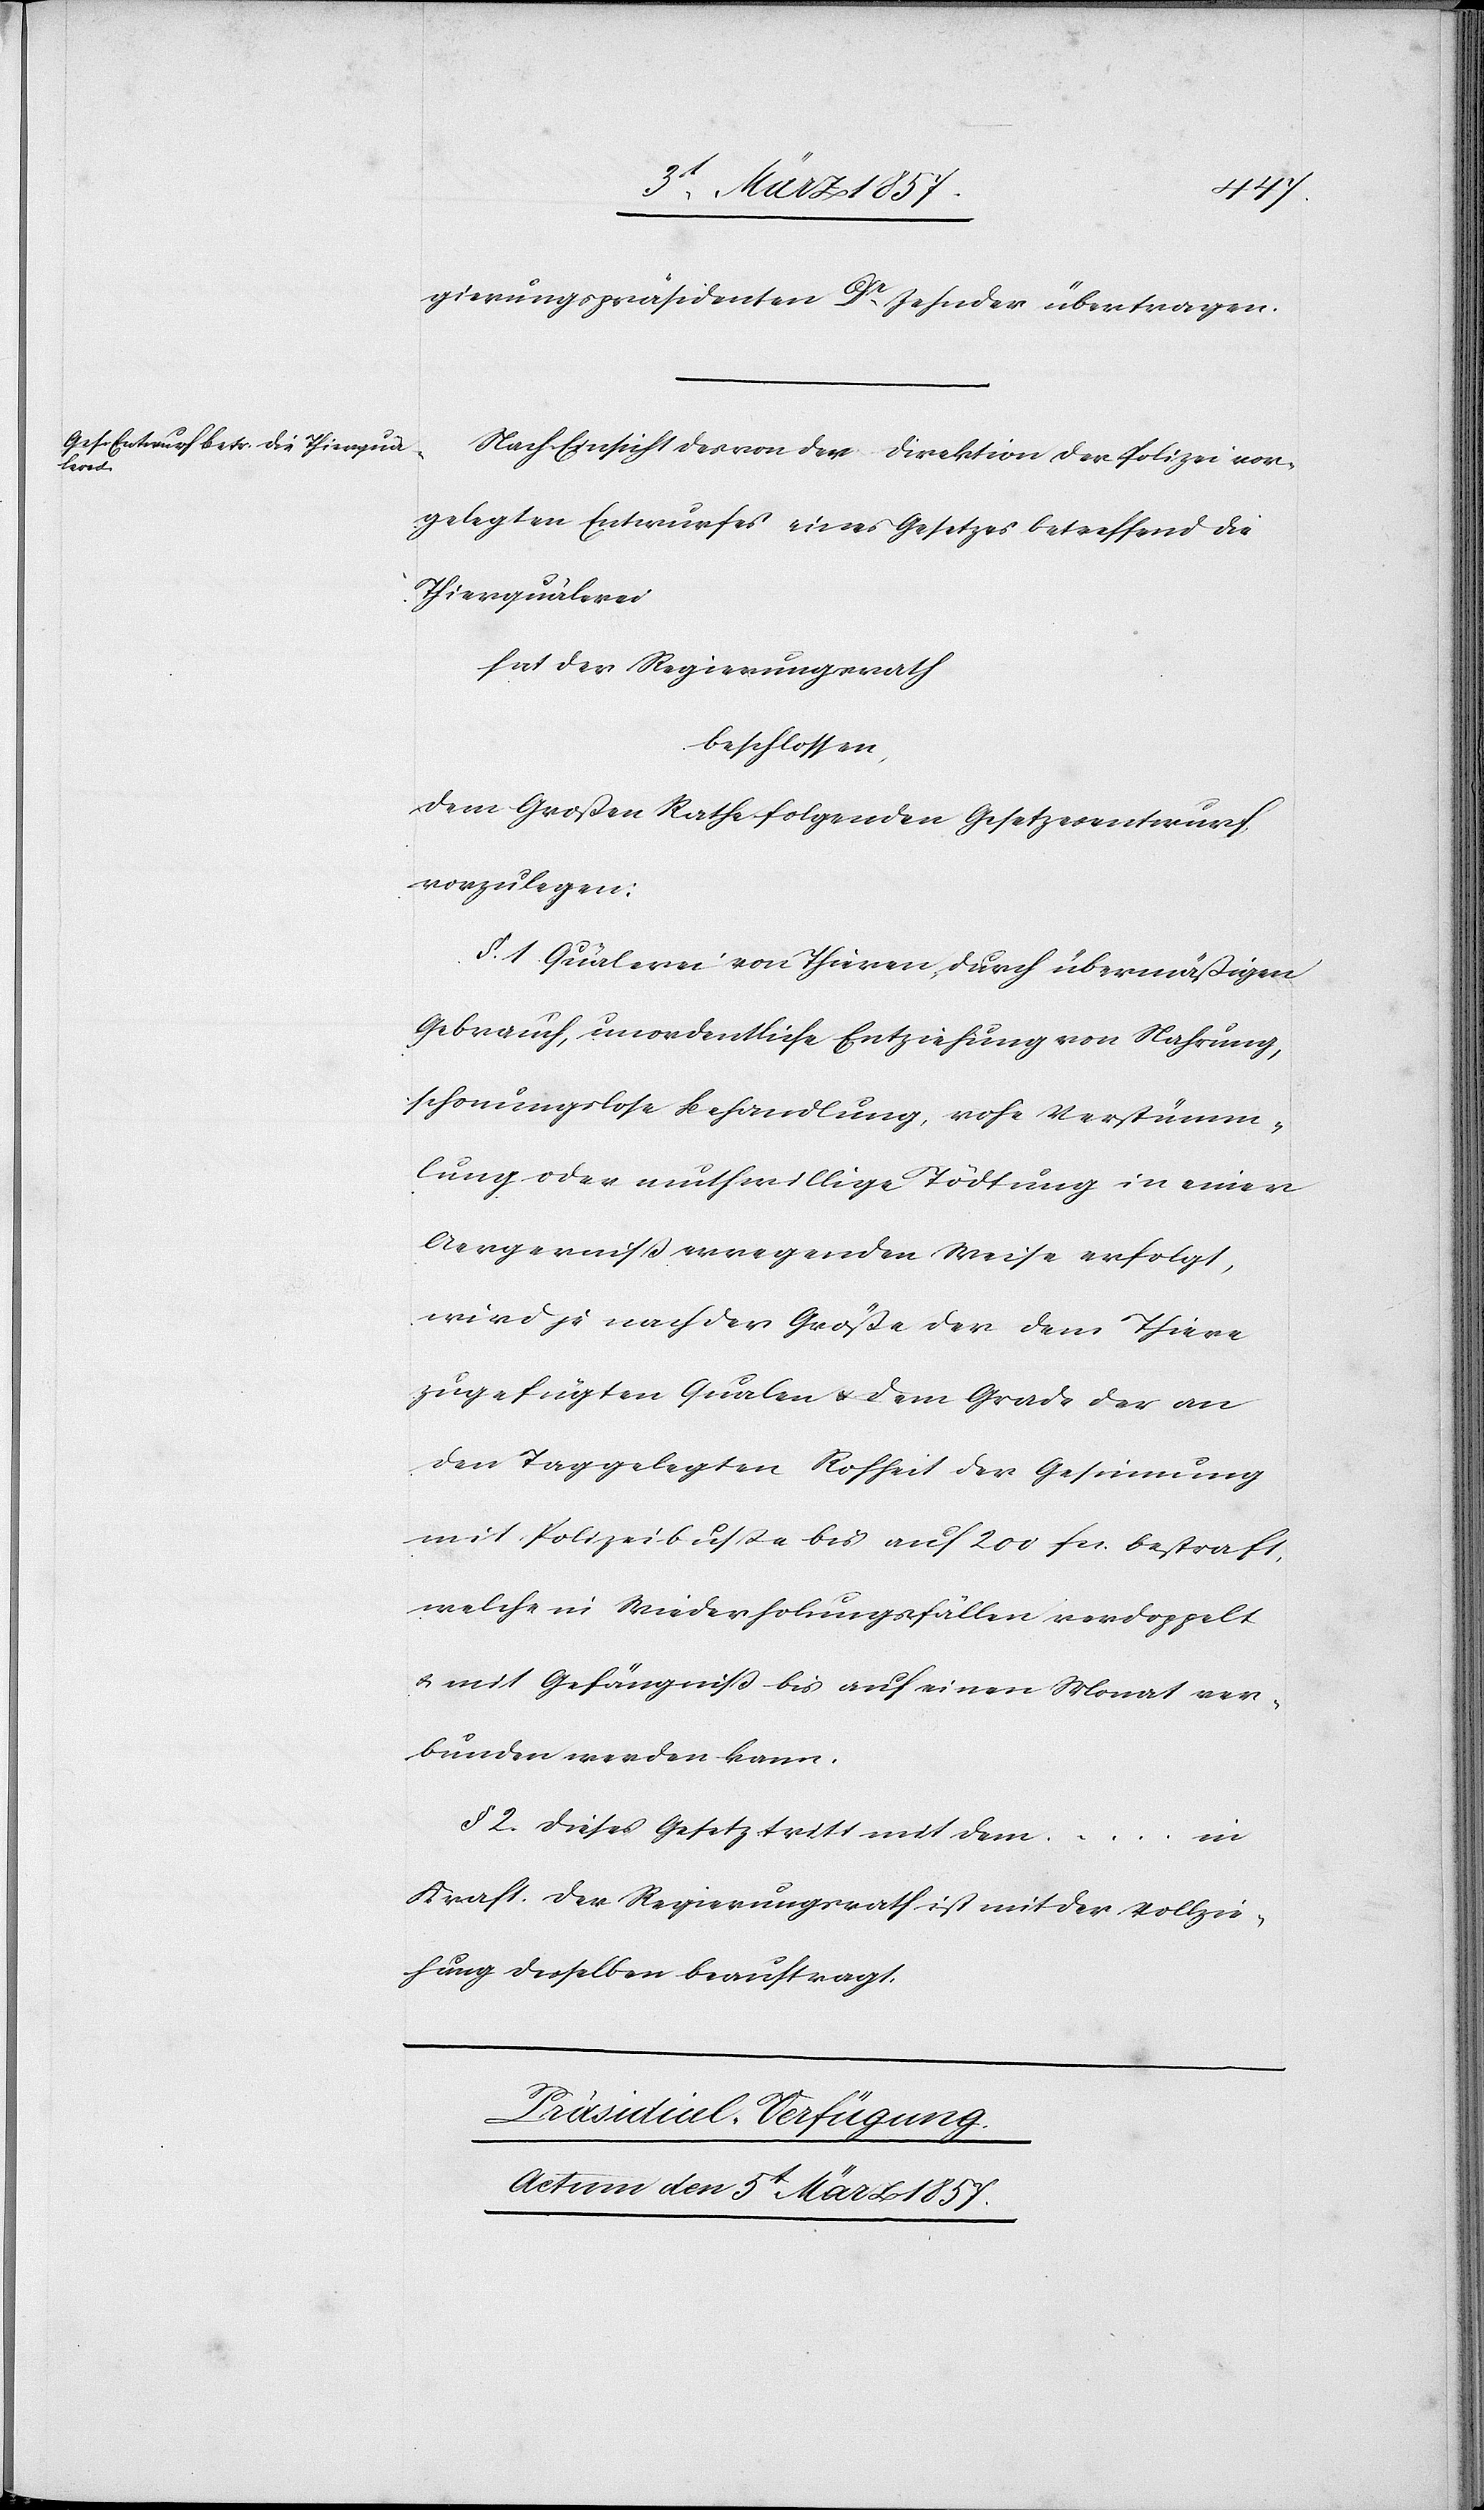
gierungspräsidenten Dr Zehnder übertragen.
Nach Einsicht des von der Direktion der Polizei vor¬
gelegten Entwurfes eines Gesetzes betreffend die
Thierquälerei
hat der Regierungsrath
beschlossen,
dem Großen Rathe folgenden Gesetzesentwurf
vorzulegen:
§. 1 Quälerei von Thieren, durch übermäßigen
Gebrauch, unordentliche Entziehung von Nahrung,
schonungslose Behandlung, rohe Verstümm¬
lung oder muthwillige Tödtung in einer
Aergernißerregenden Weise erfolgt,
wird je nach der Größe der dem Thiere
zugefügten Qualen u. dem Grade der an
den Tag gelegten Rohheit der Gesinnung
mit Polizeibuße bis auf 200 fr. bestraft,
welche in Wiederholungsfällen verdoppelt
u. mit Gefängniß bis auf einen Monat ver¬
bunden werden kann.
§ 2. Dieses Gesetz tritt mit dem … in
Kraft. Der Regierungsrath ist mit der Vollzie¬
hung desselben beauftragt.
Präsidial-Verfügung.
Actum den 5t März 1857.